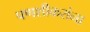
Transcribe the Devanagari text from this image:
पणशीकरांना